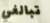
تبالغي